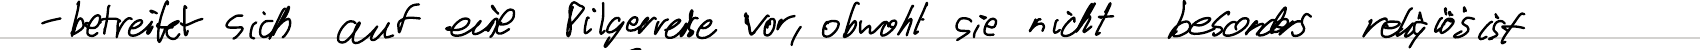
- betreitet sich auf eine Pilgerreise vor, obwohl sie nicht besonders religiös ist